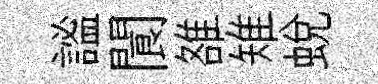
謐閬雒雉蜕